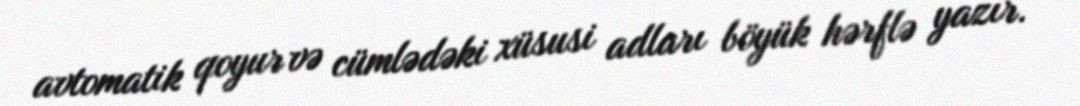
avtomatik qoyur və cümlədəki xüsusi adları böyük hərflə yazır.